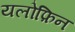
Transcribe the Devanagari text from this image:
यलोफ़िन